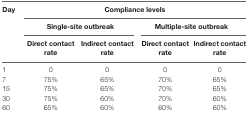
| <ROWSPAN=3> Day | <COLSPAN=4> Compliance levels |
 | <COLSPAN=2> Single-site outbreak | <COLSPAN=2> Multiple-site outbreak |
 | Direct contact rate | Indirect contact rate | Direct contact rate | Indirect contact rate |
 | --- | --- | --- | --- | --- |
 | 1 | 0 | 0 | 0 | 0 |
 | 7 | 75% | 65% | 70% | 65% |
 | 15 | 75% | 65% | 70% | 65% |
 | 30 | 75% | 60% | 70% | 60% |
 | 60 | 65% | 60% | 60% | 60% |